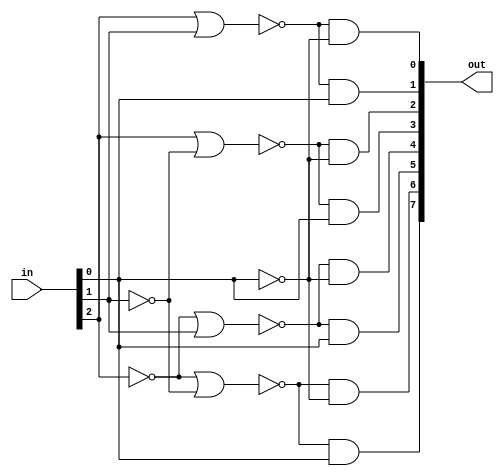
/***** Obarey Inc. *****/   
`timescale 1ns / 1ps
module hw_1( in, out );
	input [2:0] in;
	output [7:0] out;
	/*assign out[0] = ~in[0]&~in[1]&~in[2];
	assign out[1] = ~in[0]&~in[1]&in[2];
	assign out[2] = ~in[0]&in[1]&~in[2];
	assign out[3] = ~in[0]&in[1]&in[2];
	assign out[4] = in[0]&~in[1]&~in[2];
	assign out[5] = in[0]&~in[1]&in[2];
	assign out[6] = in[0]&in[1]&~in[2];
	assign out[7] = in[0]&in[1]&in[2];*/
	
	assign out[0] = ~(in[2]|in[1])&~in[0];
    assign out[1] = ~(in[2]|in[1])&in[0];
    assign out[2] = ~(in[2]|~in[1])&~in[0];
    assign out[3] = ~(in[2]|~in[1])&in[0];
    assign out[4] = ~(~in[2]|in[1])&~in[0];
    assign out[5] = ~(~in[2]|in[1])&in[0];
    assign out[6] = ~(~in[2]|~in[1])&~in[0];
    assign out[7] = ~(~in[2]|~in[1])&in[0];
endmodule